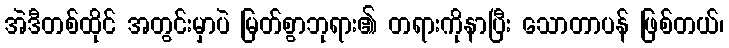
အဲဒီတစ်ထိုင် အတွင်းမှာပဲ မြတ်စွာဘုရား၏ တရားကိုနာပြီး သောတာပန် ဖြစ်တယ်၊